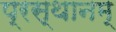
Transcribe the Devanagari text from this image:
प्रस्थानम्